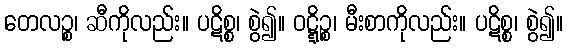
တေလဉ္စ၊ ဆီကိုလည်း။ ပဋိစ္စ၊ စွဲ၍။ ဝဋ္ဋိဉ္စ၊ မီးစာကိုလည်း။ ပဋိစ္စ၊ စွဲ၍။